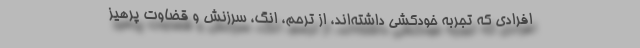
افرادی که تجربه خودکشی داشته‌اند، از ترحم، انگ، سرزنش و قضاوت پرهیز